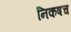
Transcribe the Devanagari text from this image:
निकषच